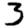
Digit: 3